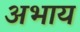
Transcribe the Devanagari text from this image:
अभाय